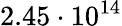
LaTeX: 2.45\cdot 10^{14}